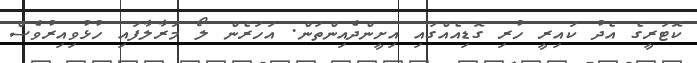
ކޮޓަރީގެ އެދު ކައިރީ ހުރި ގޮޑިއެއްގައި އިށީންދެއިންތަން. އަހަރެން ލޯ މަރާލާފައި ހުޅުވިއިރުވެސް